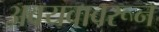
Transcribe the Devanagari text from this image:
अवयवावरून